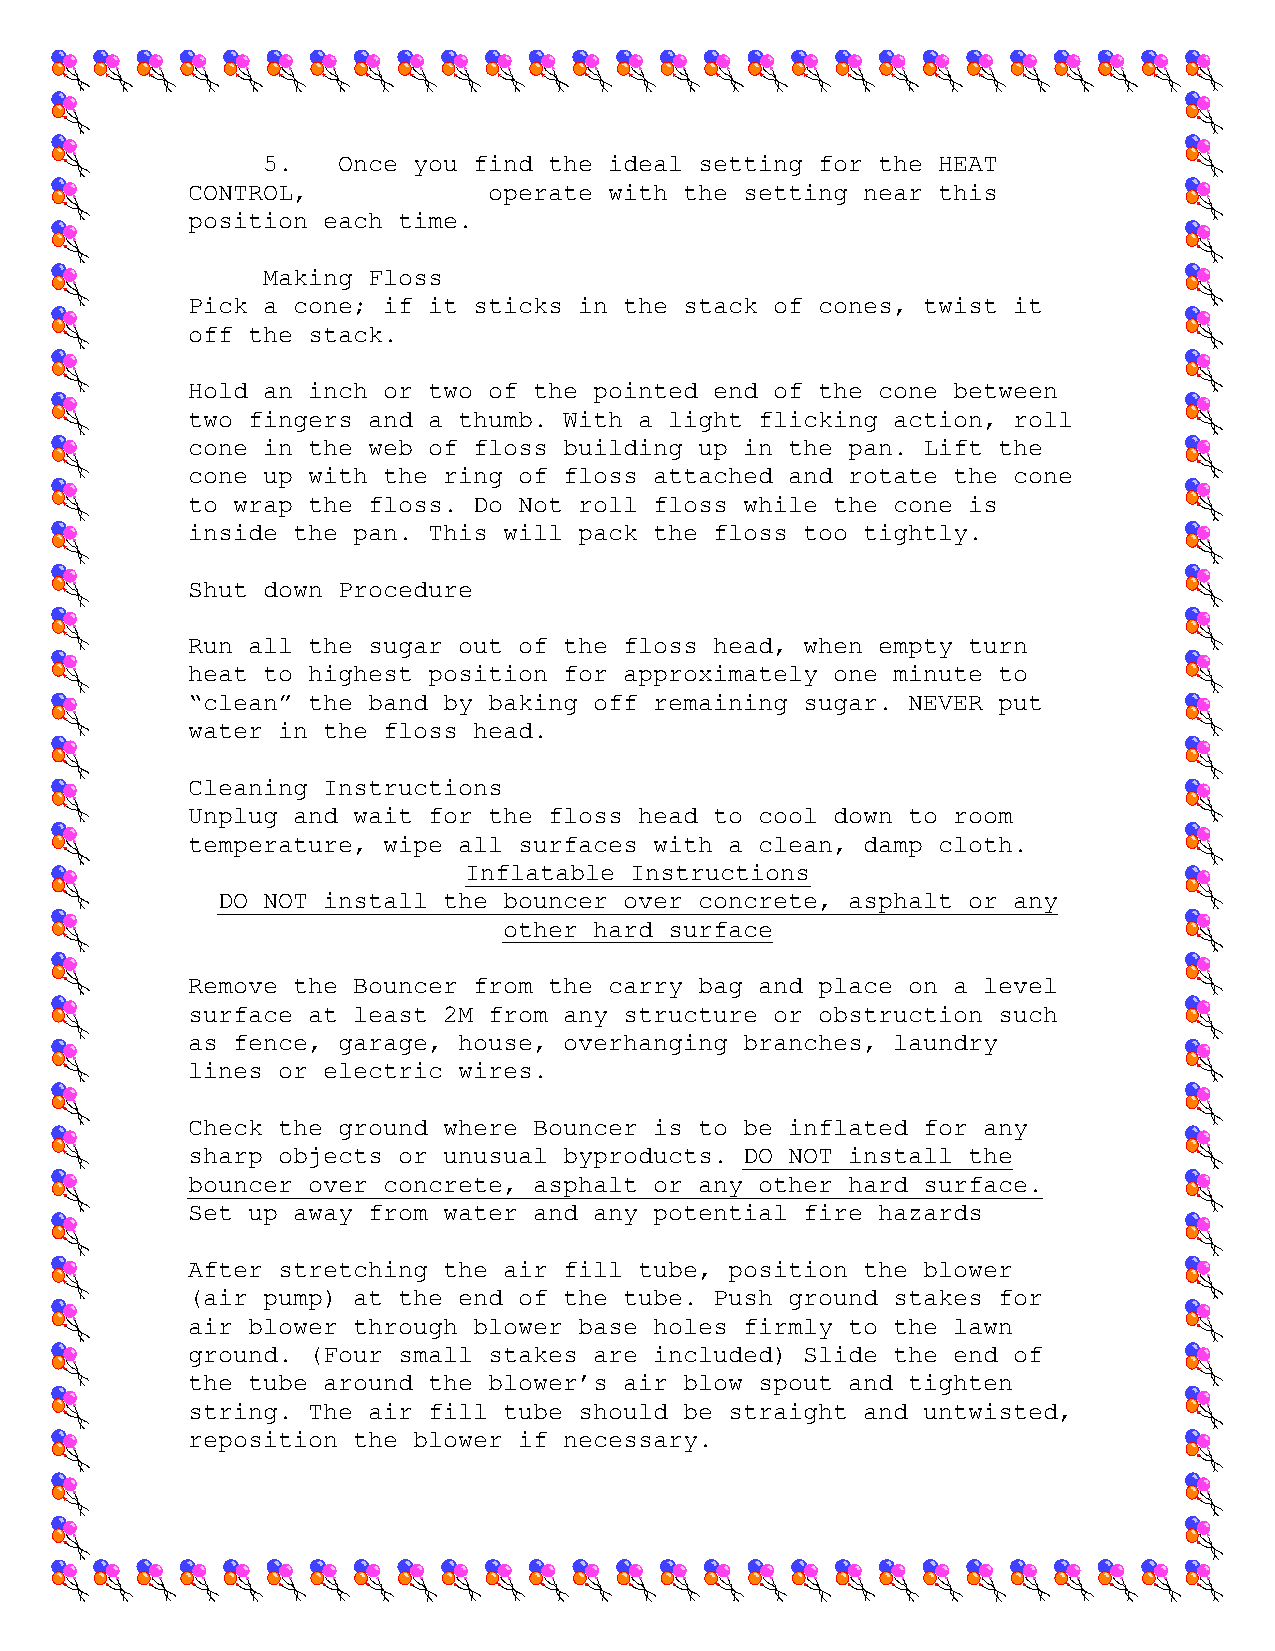
5.   Once you find the ideal setting for the HEAT
 CONTROL,            operate with the setting near this
 position each time.
 Making Floss
 Pick a cone; if it sticks in the stack of cones, twist it
 off the stack.
 Hold an inch or two of the pointed end of the cone between
 two fingers and a thumb. With a light flicking action, roll
 cone in the web of floss building up in the pan. Lift the
 cone up with the ring of floss attached and rotate the cone
 to wrap the floss. Do Not roll floss while the cone is
 inside the pan. This will pack the floss too tightly.
 Shut down Procedure
 Run all the sugar out of the floss head, when empty turn
 heat to highest position for approximately one minute to
 “clean” the band by baking off remaining sugar. NEVER put
 water in the floss head.
 Cleaning Instructions
 Unplug and wait for the floss head to cool down to room
 temperature, wipe all surfaces with a clean, damp cloth.
 Inflatable Instructions
 DO NOT install the bouncer over concrete, asphalt or any
 other hard surface
 Remove the Bouncer from the carry bag and place on a level
 surface at least 2M from any structure or obstruction such
 as fence, garage, house, overhanging branches, laundry
 lines or electric wires.
 Check the ground where Bouncer is to be inflated for any
 sharp objects or unusual byproducts. DO NOT install the
 bouncer over concrete, asphalt or any other hard surface.
 Set up away from water and any potential fire hazards
 After stretching the air fill tube, position the blower
 (air pump) at the end of the tube. Push ground stakes for
 air blower through blower base holes firmly to the lawn
 ground. (Four small stakes are included) Slide the end of
 the tube around the blower’s air blow spout and tighten
 string. The air fill tube should be straight and untwisted,
 reposition the blower if necessary.